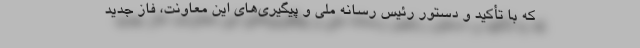
که با تأکید و دستور رئیس رسانه ملی و پیگیری‌های این معاونت، فاز جدید